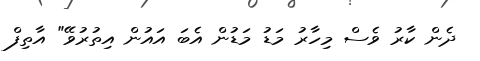
ދެން ކާރު ވެސް މިހާރު މަޑު މަޑުން އެބަ އައުން އިތުރުވޭ" އާތިފް